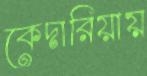
কেদারিয়ায়